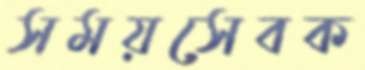
সময়সেবক